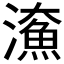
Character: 𤀸